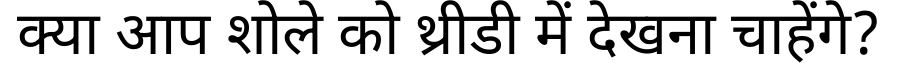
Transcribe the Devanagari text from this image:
क्या आप शोले को थ्रीडी में देखना चाहेंगे?